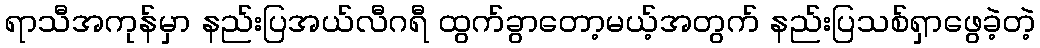
ရာသီအကုန်မှာ နည်းပြအယ်လီဂရီ ထွက်ခွာတော့မယ့်အတွက် နည်းပြသစ်ရှာဖွေခဲ့တဲ့